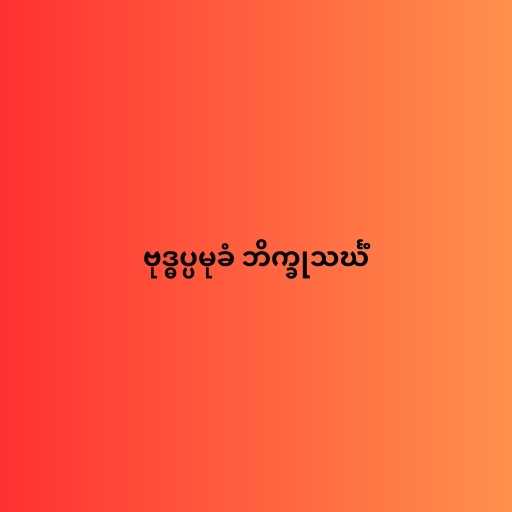
ဗုဒ္ဓပ္ပမုခံ ဘိက္ခုသင်္ဃံ